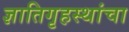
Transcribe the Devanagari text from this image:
ज्ञातिगृहस्थांचा